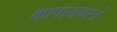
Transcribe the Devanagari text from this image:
काषायवस्त्रं